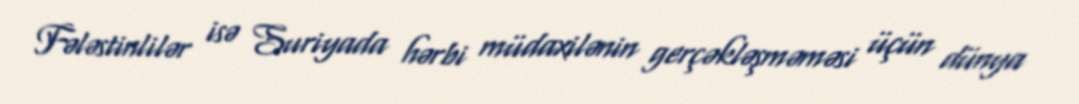
Fələstinlilər isə Suriyada hərbi müdaxilənin gerçəkləşməməsi üçün dünya